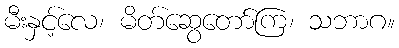
မီးနှင့်လေ၊ မိတ်ဆွေတော်ကြ၊ သဘာဂ။